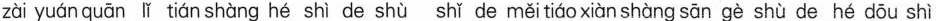
zài yuán quān lǐ tián shàng hé shì de shù shǐ de měi tiáo xiàn shàng sān gè shù de hé dōu shì